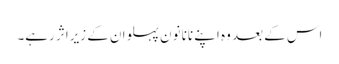
اس کے بعد وہ اپنے نانا نون پہلوان کے زیراثر رہے۔